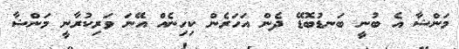
މަންޝާ އެ ބުނީ ބަނޑުބޮޑޭ ދެން އަހަރެން ކިހިނެއް އޭނަ ވަރިކުރާނީ މަންޝާ